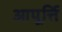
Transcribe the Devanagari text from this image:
आपूर्त्ति